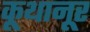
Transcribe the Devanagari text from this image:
कूथानूर